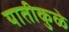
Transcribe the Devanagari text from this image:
यातीकुळे